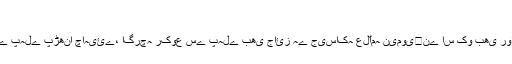
(شامیہ:2/11)
قولِ راجح کے مطابق قنوتِ نازلہ آخری رکعت میں رکوع سے کھڑے ہونے کے بعد سجدہ میں جانے سے پہلے پڑھنا چاہیئے، اگرچہ رکوع سے پہلے بھی جائز ہے جیساکہ علّامہ نیموی﷫نے اس کو بھی روایات کی روشنی میں جائز قرار دیا ہے ، لیکن بہر حال افضل یہی ہے کہ رکوع کے بعد پڑھاجائے ۔